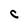
Character: C